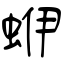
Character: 蛜